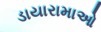
ડાયારામાઓ